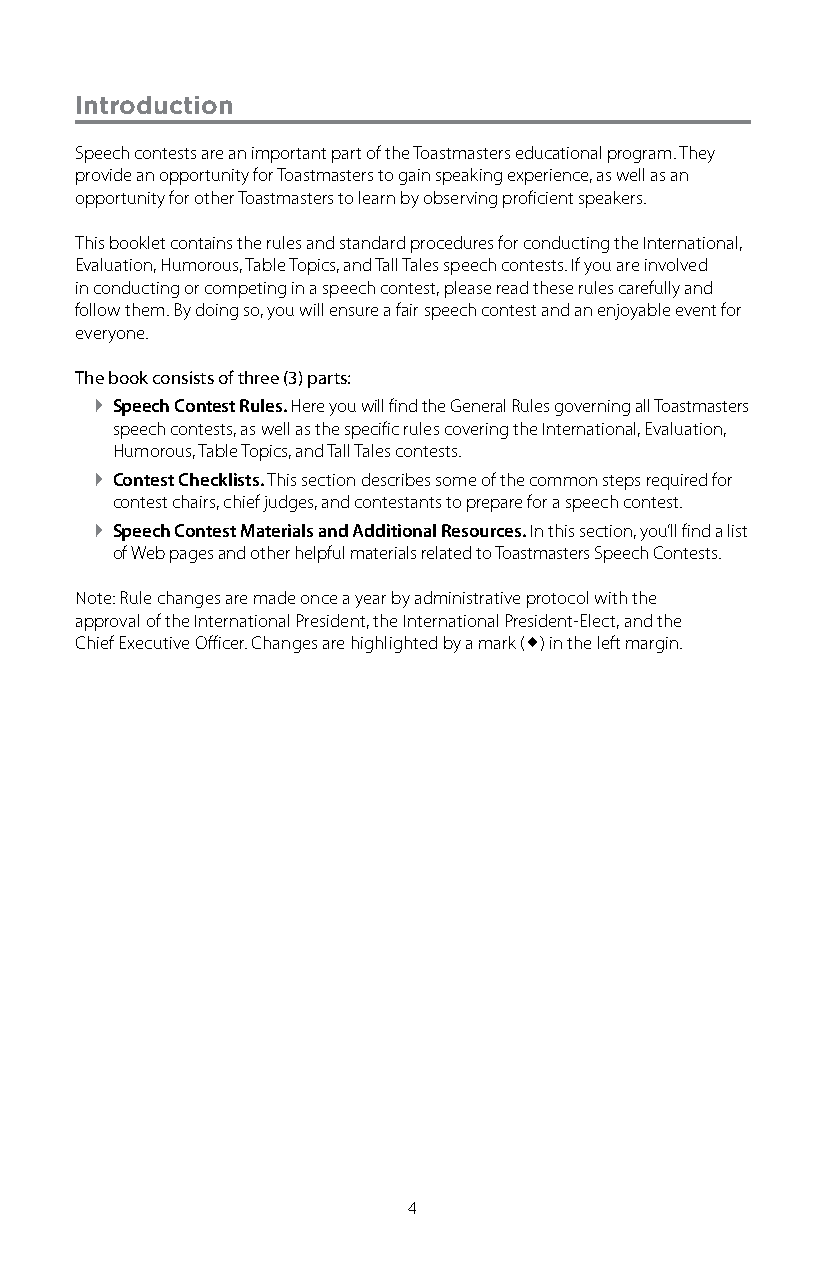
Introduction
 Speech contests are an important part of the Toastmasters educational program. They
 provide an opportunity for Toastmasters to gain speaking experience, as well as an
 opportunity for other Toastmasters to learn by observing proficient speakers.
 This booklet contains the rules and standard procedures for conducting the International,
 Evaluation, Humorous, Table Topics, and Tall Tales speech contests. If you are involved
 in conducting or competing in a speech contest, please read these rules carefully and
 follow them. By doing so, you will ensure a fair speech contest and an enjoyable event for
 everyone.
 The book consists of three (3) parts:
 ` Speech Contest Rules. Here you will find the General Rules governing all Toastmasters
 speech contests, as well as the specific rules covering the International, Evaluation,
 Humorous, Table Topics, and Tall Tales contests.
 ` Contest Checklists. This section describes some of the common steps required for
 contest chairs, chief judges, and contestants to prepare for a speech contest.
 ` Speech Contest Materials and Additional Resources. In this section, you’ll find a list
 of Web pages and other helpful materials related to Toastmasters Speech Contests.
 Note: Rule changes are made once a year by administrative protocol with the
 approval of the International President, the International President-Elect, and the
 Chief Executive Officer. Changes are highlighted by a mark () in the left margin.
 4